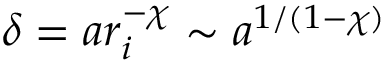
\delta = a r _ { i } ^ { - \chi } \sim a ^ { 1 / ( 1 - \chi ) }